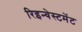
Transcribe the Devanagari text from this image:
रिइन्वेस्टमेंट